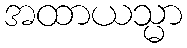
အထာယသ္မာ